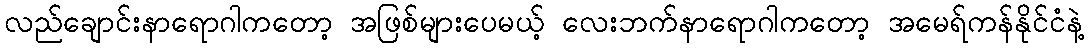
လည်ချောင်းနာရောဂါကတော့ အဖြစ်များပေမယ့် လေးဘက်နာရောဂါကတော့ အမေရ်ကန်နိုင်ငံနဲ့